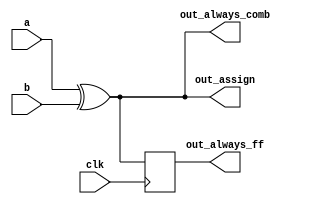
// This program was cloned from: https://github.com/matthlud/HDLBits
// License: Apache License 2.0

// synthesis verilog_input_version verilog_2001
module top_module(
    input clk,
    input a,
    input b,
    output wire out_assign,
    output reg out_always_comb,
    output reg out_always_ff   );
    
    assign out_assign = a ^ b;
    always @(*) out_always_comb = a ^ b;
    always @(posedge clk) out_always_ff <= a ^ b;

endmodule